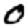
Digit: 0